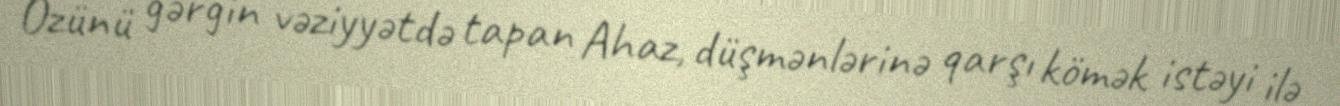
Özünü gərgin vəziyyətdə tapan Ahaz, düşmənlərinə qarşı kömək istəyi ilə